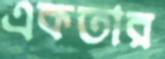
একতার